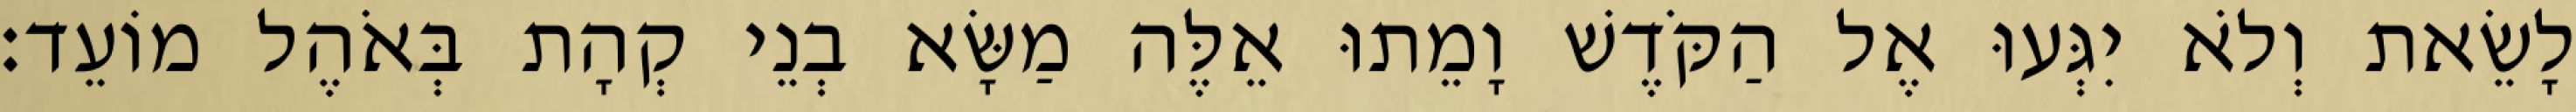
לָשֵׂאת וְלֹא יִגְּעוּ אֶל הַקֹּדֶשׁ וָמֵתוּ אֵלֶּה מַשָּׂא בְנֵי קְהָת בְּאֹהֶל מוֹעֵד׃